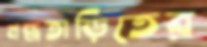
মন্ত্রতাড়িতের